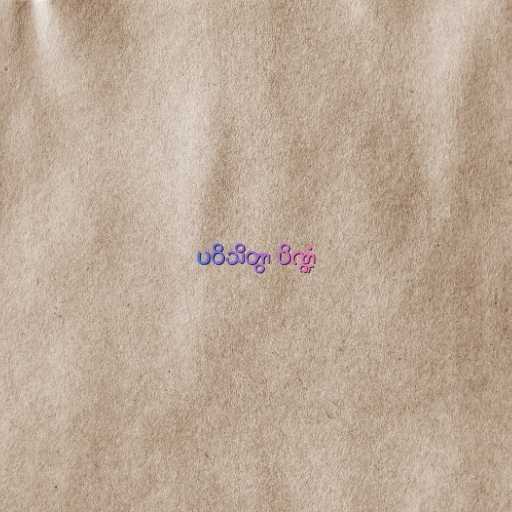
ပဝိသိတွာ ပိဏ္ဍံ